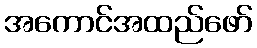
အကောင်အထည်ဖော်